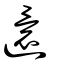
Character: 還